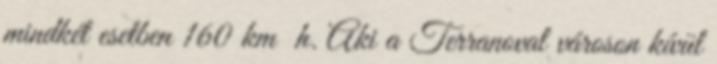
mindkét esetben 160 km h. Aki a Terranoval városon kívül